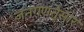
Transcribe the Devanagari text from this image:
जनगणनेुसार